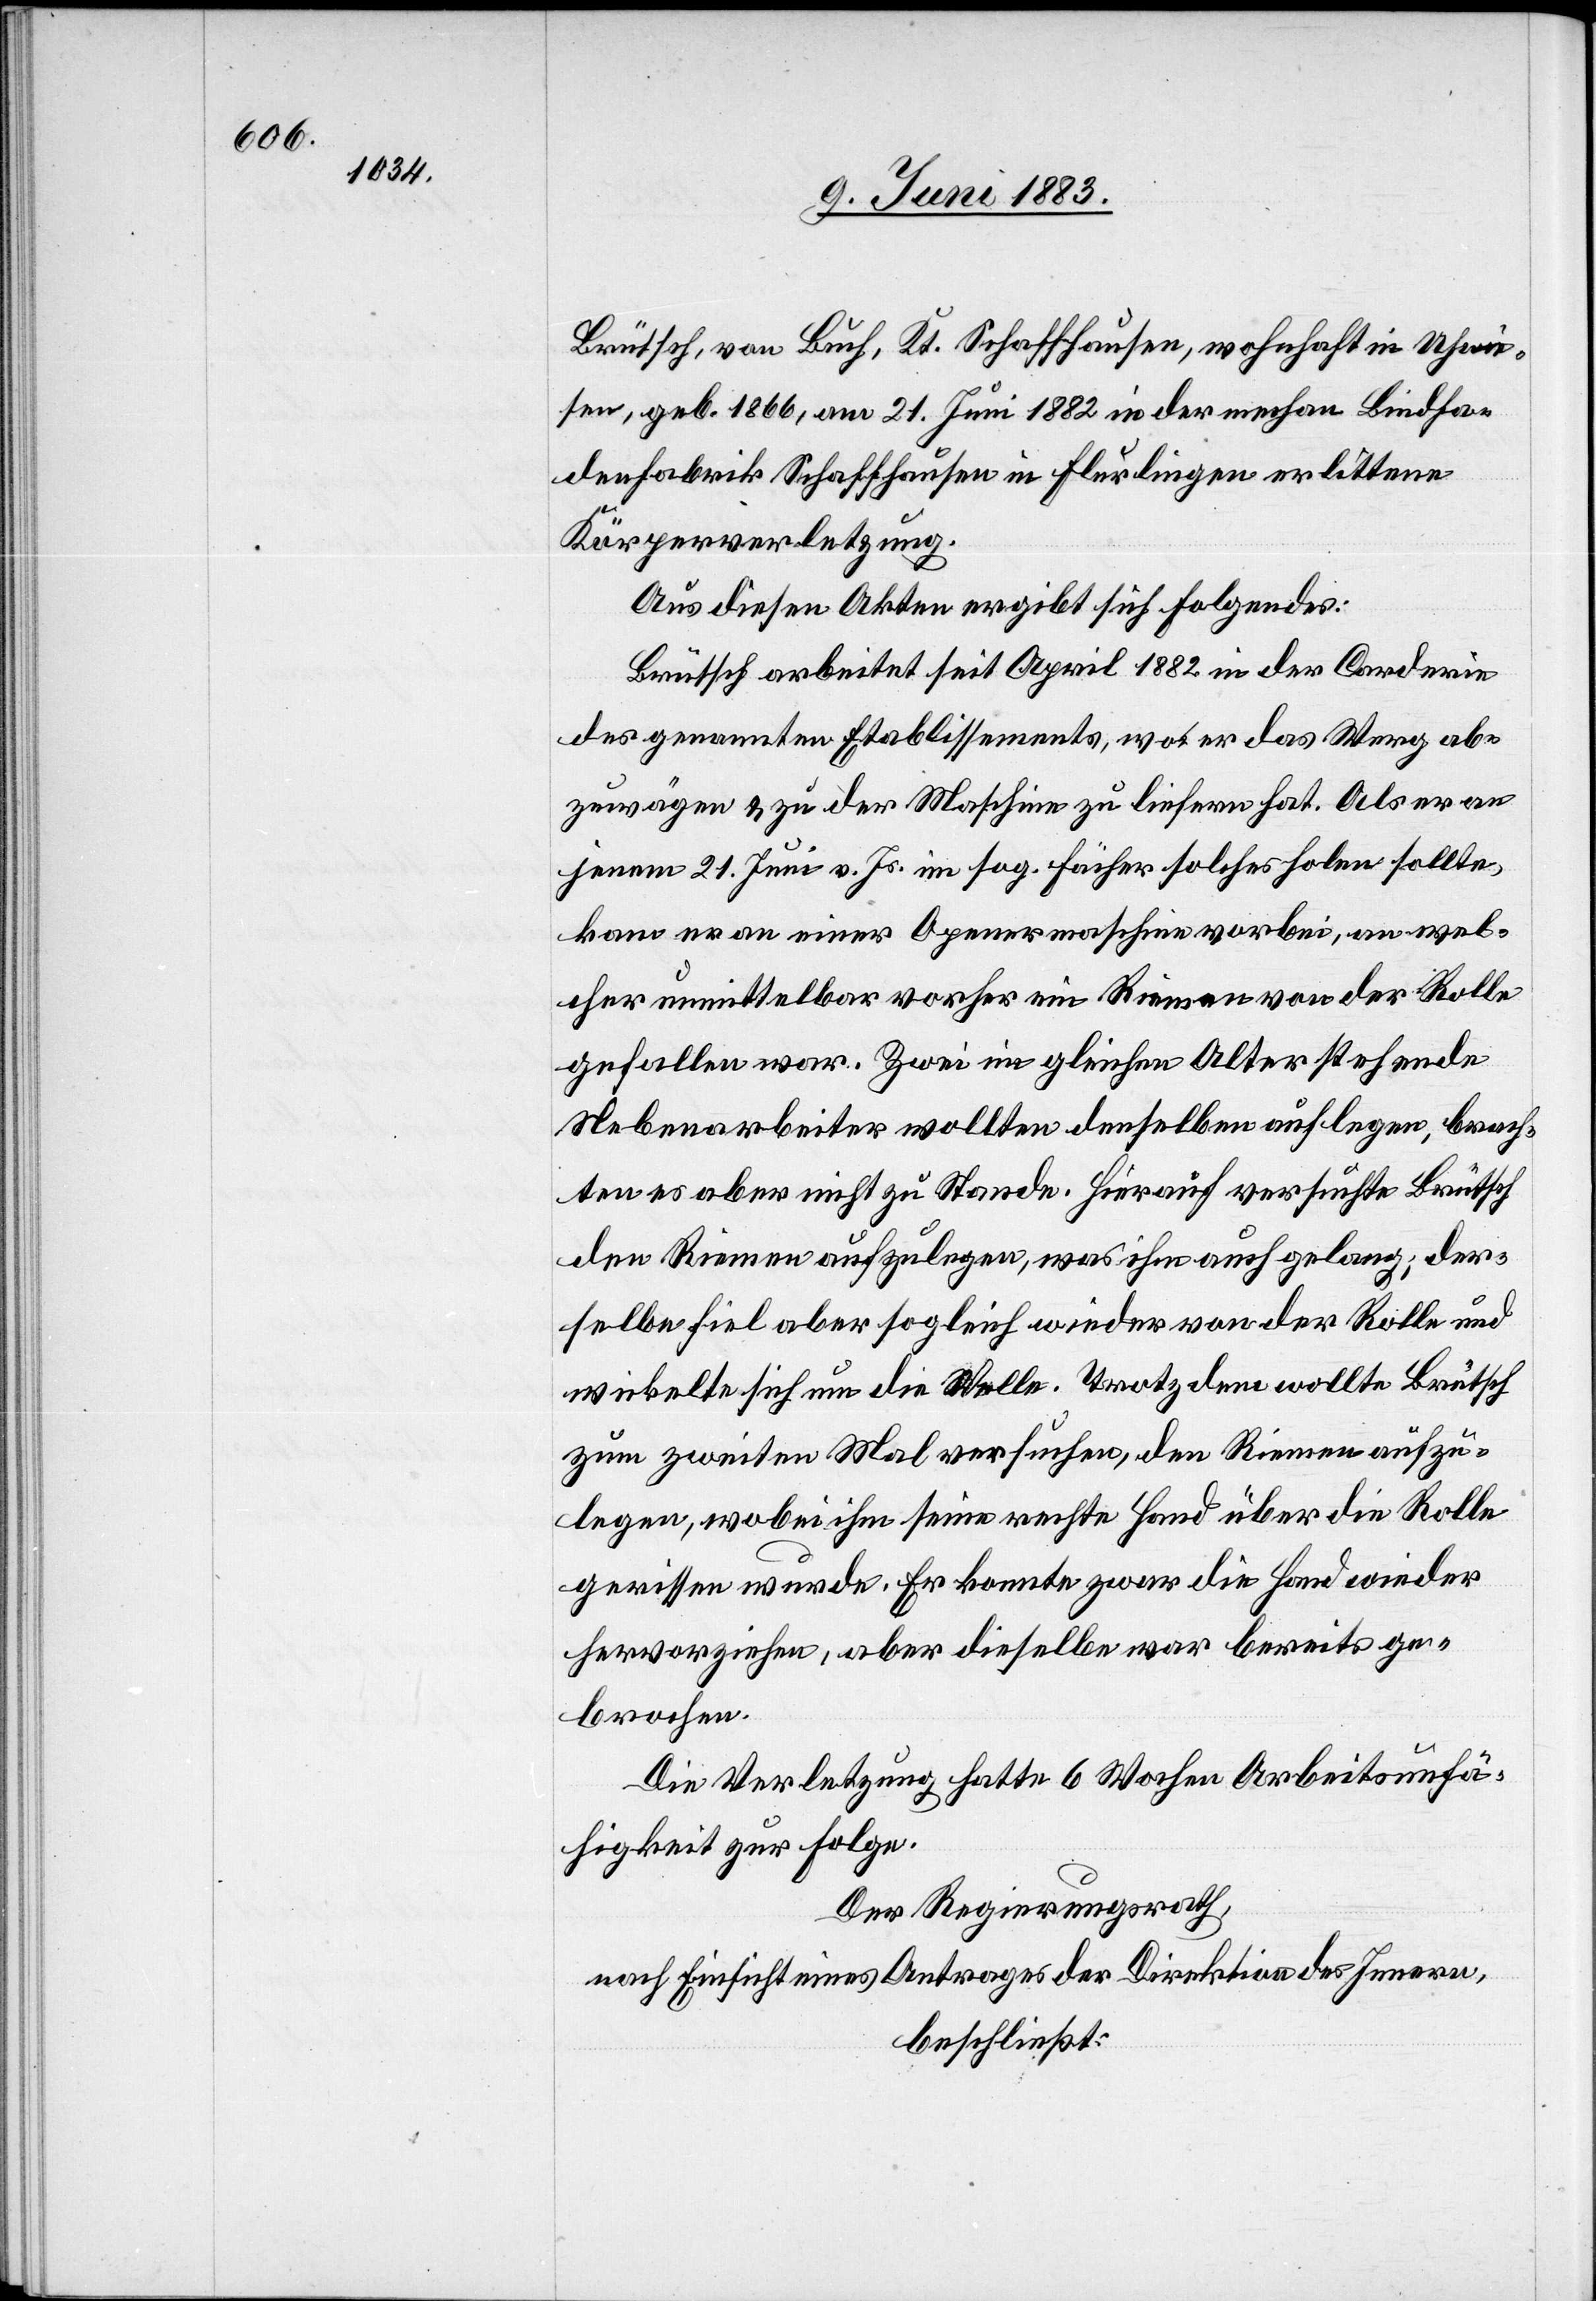
Brütsch, von Buch, Kt. Schaffhausen, wohnhaft in Uhwie¬
sen, geb. 1866, am 21. Juni 1882 in der mechan. Bindfa¬
denfabrik Schaffhausen in Flurlingen erlittene
Körperverletzung.
Aus diesen Akten ergibt sich Folgendes:
Brütsch arbeitet seit April 1882 in der Carderie
des genannten Etablissements, wo er das Werg ab¬
zuwägen & zu der Maschine zu liefern hat. Als er an
jenem 21. Juni v. Js. im sog. Fächer solches haben sollt,
kam er an einer Openermaschine vorbei, an wel¬
cher unmittelbar vorher ein Riemen von der Rolle
gefallen war. Zwei im gleichen Alter stehende
Nebenarbeiter wollten denselben auflegen, brach¬
ten es aber nicht zu Stande. Hierauf versuchte Brütsch
den Riemen aufzulegen, was ihm auch gelang; der¬
selbe fiel aber sogleich wieder von der Rolle und
wickelte sich um die Wolle. Trotzdem wollte Brütsch
zum zweiten Mal versuchen, den Riemen aufzu¬
legen, wobei ihm seine rechte Hand über die Rolle
gerissen wurde. Er konnte zwar die Hand wieder
hervorziehen, aber dieselbe war bereits ge¬
brochen.
Die Verletzung hatte 6 Wochen Arbeitsunfä¬
higkeit zur Folge.
Der Regierungsrath,
nach Einsicht eines Antrages der Direktion des Innern,
beschließt: